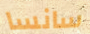
سانسا